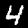
Label: 4